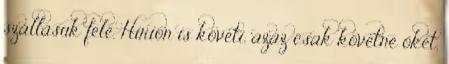
szállásuk felé. Hirion is követi, azaz csak követné őket,